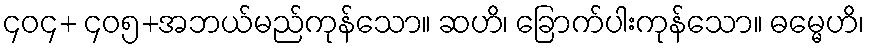
၄၀၄+ ၄၀၅+အဘယ်မည်ကုန်သော။ ဆဟိ၊ ခြောက်ပါးကုန်သော။ ဓမ္မေဟိ၊